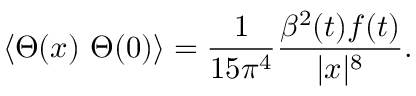
\langle \Theta ( x ) ~ \Theta ( 0 ) \rangle = \frac { 1 } { 1 5 \pi ^ { 4 } } \frac { \beta ^ { 2 } ( t ) f ( t ) } { | x | ^ { 8 } } .